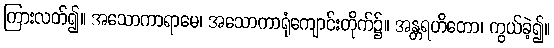
ကြားလတ်၍။ အသောကာရာမေ၊ အသောကာရုံကျောင်းတိုက်၌။ အန္တရဟိတော၊ ကွယ်ခဲ့၍။